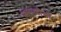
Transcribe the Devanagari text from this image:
मासळीची